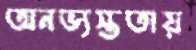
অনভ্যস্ততায়